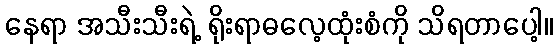
နေရာ အသီးသီးရဲ့ ရိုးရာဓလေ့ထုံးစံကို သိရတာပေါ့။